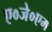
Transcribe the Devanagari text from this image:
ए०जे०एम